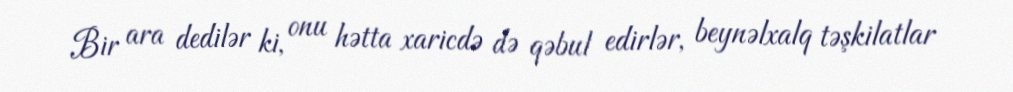
Bir ara dedilər ki, onu hətta xaricdə də qəbul edirlər, beynəlxalq təşkilatlar